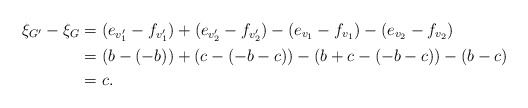
\begin{align*}\xi_{G^{\prime}}-\xi_G &=(e_{v^{\prime}_1}-f_{v^{\prime}_1})+(e_{v^{\prime}_2}-f_{v^{\prime}_2})-(e_{v_1}-f_{v_1})-(e_{v_2}-f_{v_2}) \\&=(b-(-b))+(c-(-b-c))-(b+c-(-b-c))-(b-c) \\&=c.\end{align*}